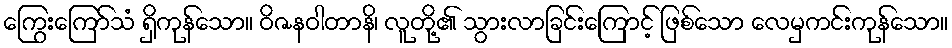
ကြွေးကြော်သံ ရှိကုန်သော။ ဝိဇနဝါတာနိ၊ လူတို့၏ သွားလာခြင်းကြောင့် ဖြစ်သော လေမှကင်းကုန်သော။